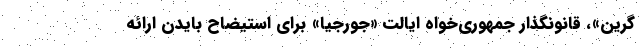
گرین»، قانونگذار جمهوری‌خواه ایالت «جورجیا» برای استیضاح بایدن ارائه